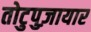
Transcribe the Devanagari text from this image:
तोटुपुज़ायार